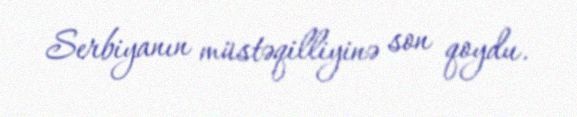
Serbiyanın müstəqilliyinə son qoydu.